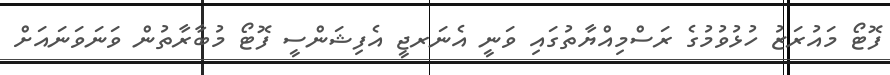
ފޮޓޯ މައުރަޒު ހުޅުވުމުގެ ރަސްމިއްޔާތުގައި ވަނީ އެނަރޖީ އެފިޝަންސީ ފޮޓޯ މުބާރާތުން ވަނަވަނައަށް